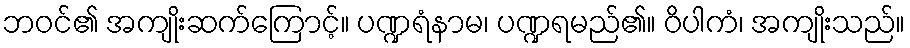
ဘဝင်၏ အကျိုးဆက်ကြောင့်။ ပဏ္ဍရံနာမ၊ ပဏ္ဍရမည်၏။ ဝိပါကံ၊ အကျိုးသည်။